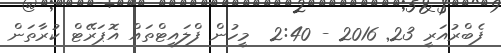
ފެބްރުއަރީ 23